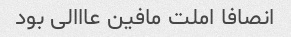
انصافا املت مافین عااالی بود